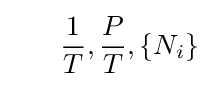
~~~~~{\frac {1}{T}},{\frac {P}{T}},\{N_{i}\}